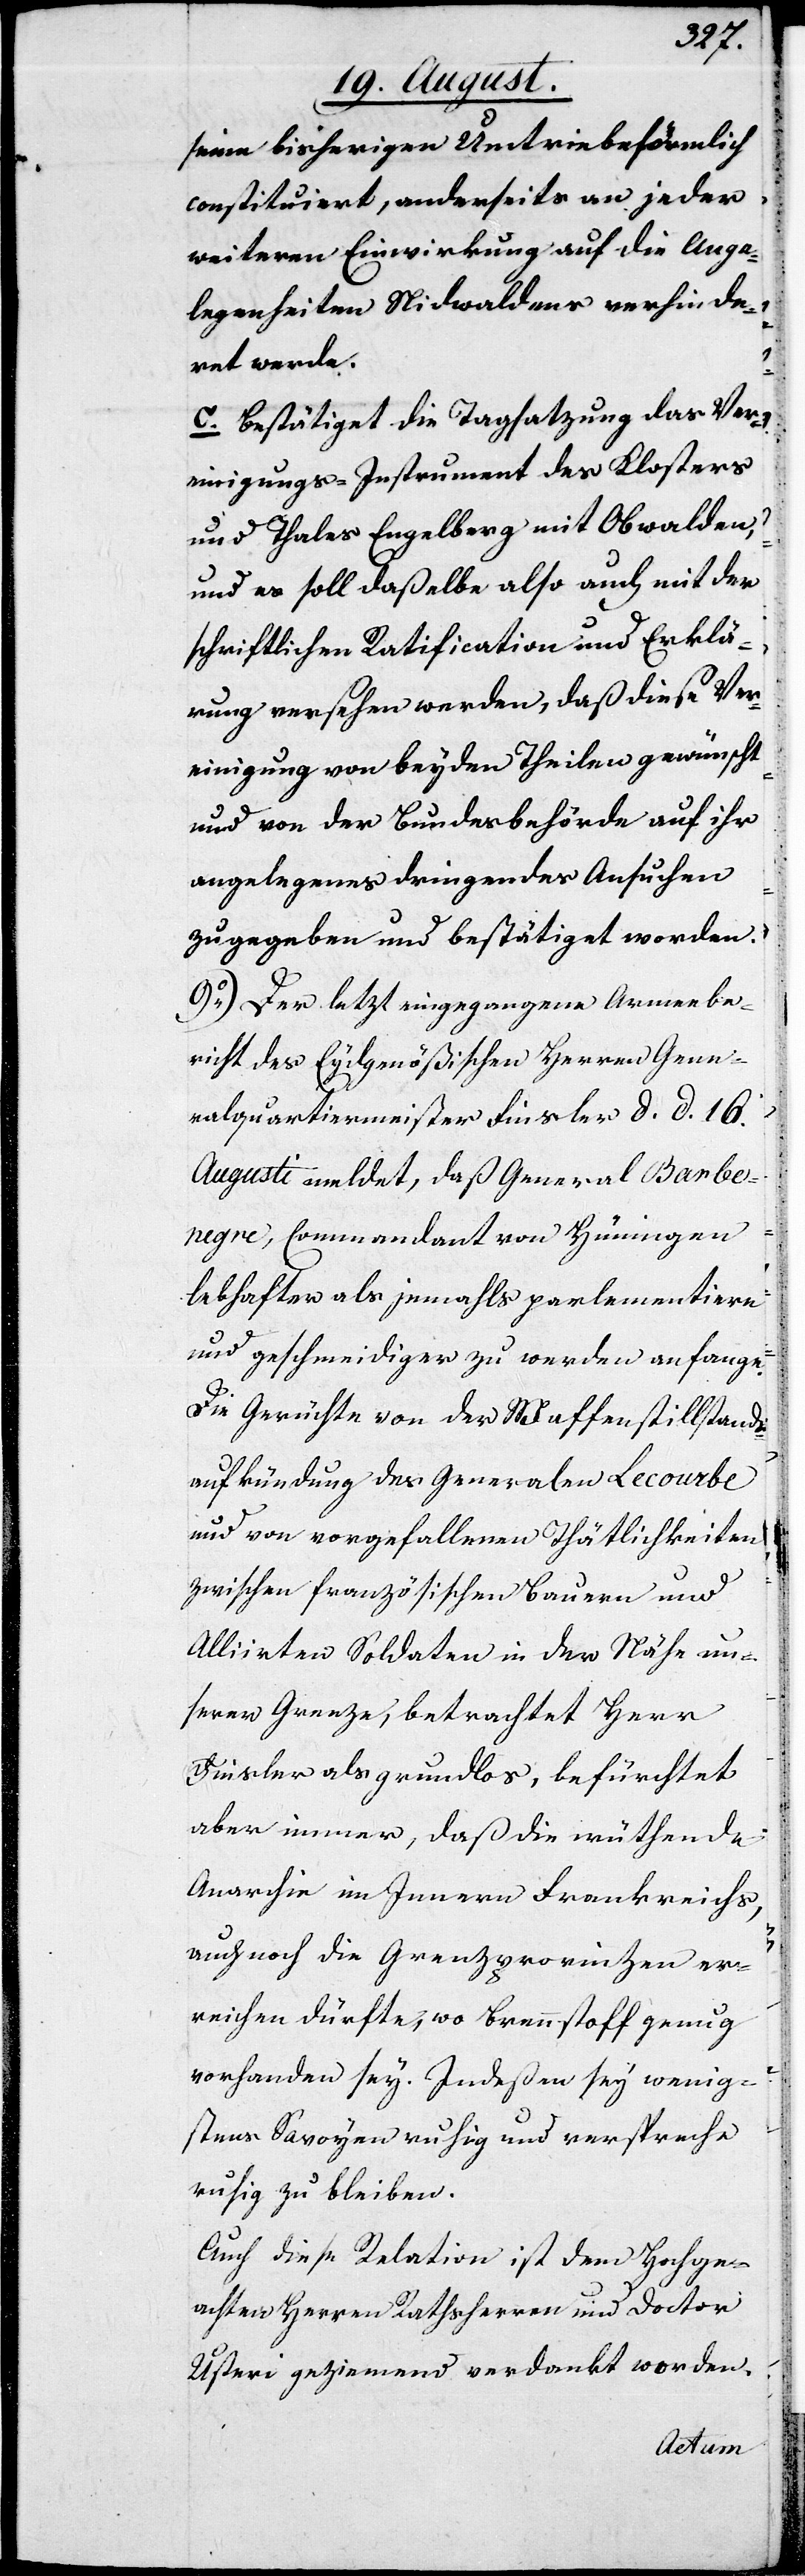
seine bisherigen Umtriebe förmlich
constituiert, anderseits an jeder
weiteren Einwirkung auf die Ange¬
legenheiten Nidwaldens verhinde¬
ret werde.
c. Bestätiget die Tagsatzung das Ver¬
einigungs-Instrument des Klosters
und Thales Engelberg mit Obwalden,
und es soll daßelbe also auch mit der
schriftlichen Ratification und Erklä¬
rung versehen werden, daß diese Ver¬
einigung von beyden Theilen gewünscht
und von der Bundesbehörde auf ihr
angelegenes dringendes Ansuchen
zugegeben und bestätiget worden.
9.) Der letzt eingegangene Armeebe¬
richt des Eydgesnößischen Herren Gene¬
ralquartiermeister Finsler d. d. 16.
Augusti meldet, daß General Barbe¬
negre, Commandant von Hüningen
lebhafter als jemals parlementiere
und geschmeidiger zu werden anfange.
Die Gerüchte von der Waffenstillstands¬
aufkündigung des Generalen Lecourbe
und von vorgefallenen Thätlichkeiten
zwischen französischen Bauern und
Aliirten Soldaten in der Nähe un¬
serer Grenze, betrachtet Herr
Finsler als grundlos, befürchtet
aber immer, daß die wüthende
Anarchie im Innern Frankreichs,
auch noch die Grenzprovinzen er¬
reichen dürfte, wo Brennstoff genug
vorhanden sey. Indeßen sey wenig¬
stens Savoyen ruhig und verspreche
ruhig zu bleiben.
Auch diese Relation ist dem Hochge¬
achten Herren Rathsherr und Doctor
Usteri geziemend verdankt worden.